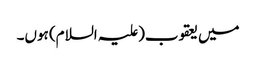
میں یعقوب(علیہ السلام) ہوں۔